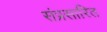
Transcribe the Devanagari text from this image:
संप्रसारित